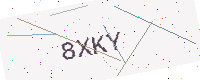
Text: 8XKY